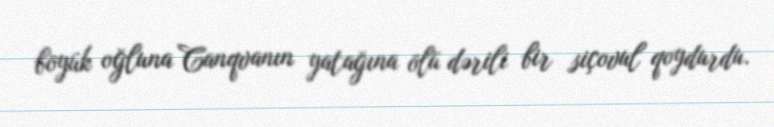
böyük oğluna Canqvanın yatağına ölü dərili bir siçovul qoydurdu.